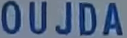
OUJDA